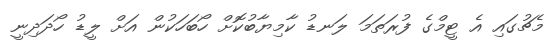
މެޗުގައި އެ ޓީމްގެ ފުރަތަމަ ލަނޑު ކާމިޔާބުކޮށް ހޯބަހަކުން އަށް ލީޑު ހޯދަދިނީ